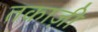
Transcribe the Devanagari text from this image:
तकाज़ी